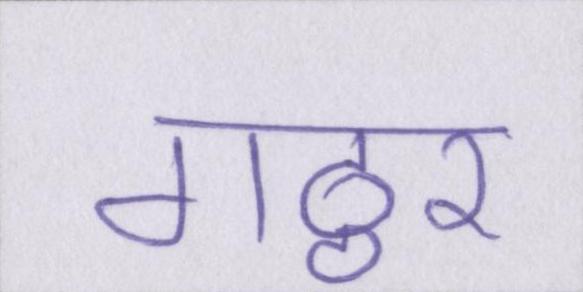
गठ्ठर